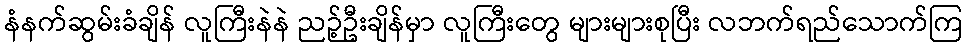
နံနက်ဆွမ်းခံချိန် လူကြီးနဲနဲ ညဉ့်ဦးချိန်မှာ လူကြီးတွေ များများစုပြီး လဘက်ရည်သောက်ကြ